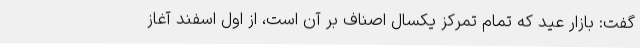
گفت: بازار عید که تمام تمرکز یکسال اصناف بر آن است، از اول اسفند آغاز